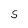
Character: S